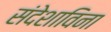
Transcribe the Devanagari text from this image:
संदेशाविना